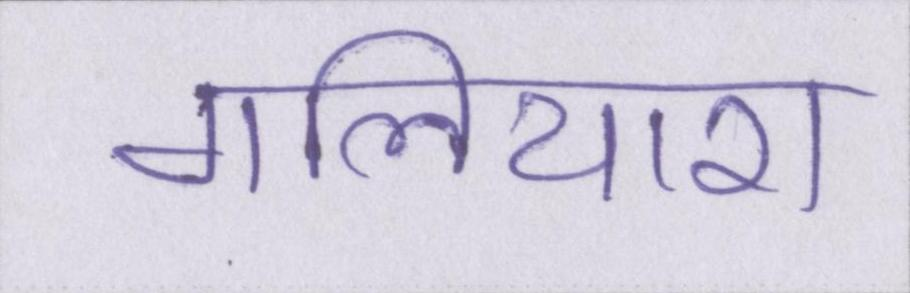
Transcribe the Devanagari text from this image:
गलियारा